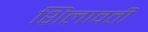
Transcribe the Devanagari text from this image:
शिलावती